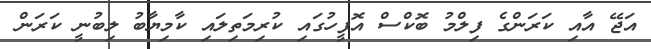
އަޖޭ އާއި ކަރަންގެ ފިލްމު ބޮކްސް އޮފީހުގައި ކުރިމަތިލައި ކާމިޔާބު ލިބުނީ ކަރަން